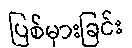
ပြစ်မှားခြင်း